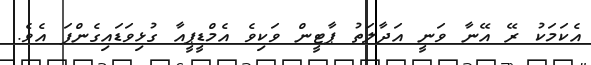
އެކަމަކު ރޭ އޭނާ ވަނީ އަދާލަތު ޕާޓީން ވަކިވެ އެމްޑީޕީއާ ގުޅިވަޑައިގެންފަ އެވެ.